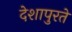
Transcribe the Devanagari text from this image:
देशापुरते